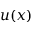
u ( x )